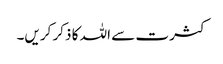
کثرت سے اللہ کا ذکر کریں۔